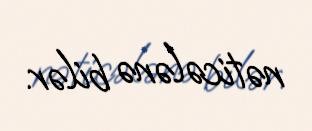
nəticələnə bilər.